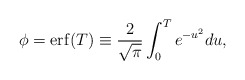
\begin{align*}\phi=\mathrm{erf}(T)\equiv \frac{2}{\sqrt{\pi}}\int_0^Te^{-u^2}du, \end{align*}